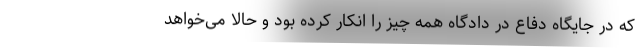
که در جایگاه دفاع در دادگاه همه چیز را انکار کرده بود و حالا می‌خواهد